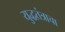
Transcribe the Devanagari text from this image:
युद्धतंत्राचा